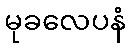
မုခလေပနံ